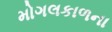
મોગલકાળના